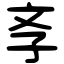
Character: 斈